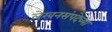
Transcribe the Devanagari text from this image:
लेखनसंपदेच्या